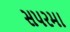
સપરમા